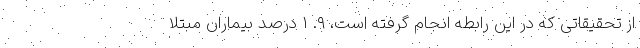
از تحقیقاتی که در این رابطه انجام گرفته است، ۹. ۱ درصد بیماران مبتلا